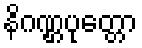
နိဂဏ္ဌပုတ္တော